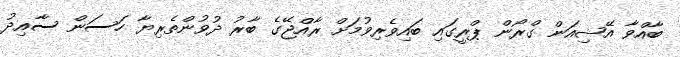
ބާއްވާ އޭޝިއަން ގްރޯން ޕްރީގައި ބައިވެރިވުމަށް ރާއްޖޭގެ ބާރު ދުވުންތެރިޔާ ހަސަން ސާއިދު